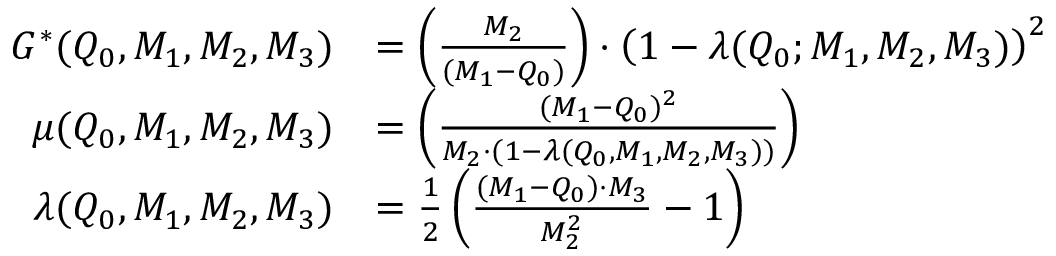
\begin{array} { r l } { G ^ { * } ( Q _ { 0 } , M _ { 1 } , M _ { 2 } , M _ { 3 } ) } & { = \left( \frac { M _ { 2 } } { ( M _ { 1 } - Q _ { 0 } ) } \right) \cdot \left( 1 - \lambda ( Q _ { 0 } ; M _ { 1 } , M _ { 2 } , M _ { 3 } ) \right) ^ { 2 } } \\ { \mu ( Q _ { 0 } , M _ { 1 } , M _ { 2 } , M _ { 3 } ) } & { = \left( \frac { ( M _ { 1 } - Q _ { 0 } ) ^ { 2 } } { M _ { 2 } \cdot ( 1 - \lambda ( Q _ { 0 } , M _ { 1 } , M _ { 2 } , M _ { 3 } ) ) } \right) } \\ { \lambda ( Q _ { 0 } , M _ { 1 } , M _ { 2 } , M _ { 3 } ) } & { = \frac { 1 } { 2 } \left( \frac { ( M _ { 1 } - Q _ { 0 } ) \cdot M _ { 3 } } { M _ { 2 } ^ { 2 } } - 1 \right) } \end{array}